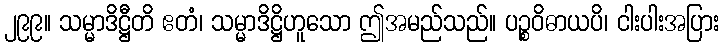
၂၉၉။ သမ္မာဒိဋ္ဌီတိ ဧတံ၊ သမ္မာဒိဋ္ဌိဟူသော ဤအမည်သည်။ ပဉ္စဝိဓာယပိ၊ ငါးပါးအပြား